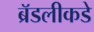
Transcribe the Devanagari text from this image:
ब्रॅडलीकडे